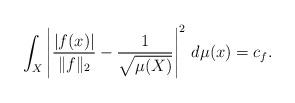
LaTeX: \begin{align*}\int_{X}\left|\frac{|f(x)|}{\|f\|_2}-\frac{1}{\sqrt{\mu(X)}}\right|^2\,d\mu(x)=c_f.\end{align*}